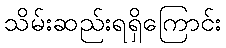
သိမ်းဆည်းရရှိကြောင်း